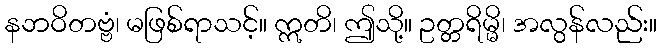
နဘဝိတဗ္ဗံ၊ မဖြစ်ရာသင့်။ ဣတိ၊ ဤသို့။ ဥတ္တရိမ္မိ၊ အလွန်လည်း။